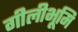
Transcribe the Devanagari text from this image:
गीलीभूमि